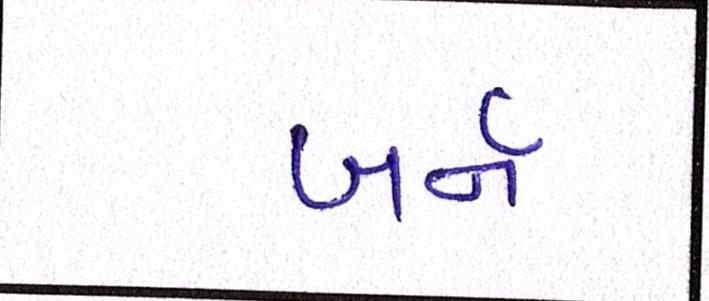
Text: બર્ન